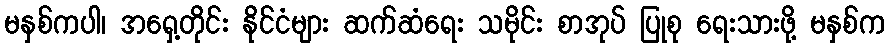
မနှစ်ကပါ၊ အရှေ့တိုင်း နိုင်ငံများ ဆက်ဆံရေး သမိုင်း စာအုပ် ပြုစု ရေးသားဖို့ မနှစ်က